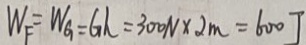
W _ { F } = W _ { G } = G h = 3 0 0 N \times 2 m = 6 0 0 J